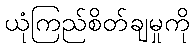
ယုံကြည်စိတ်ချမှုကို